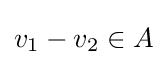
v_{1}-v_{2}\in A